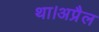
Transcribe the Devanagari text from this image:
था।अप्रैल